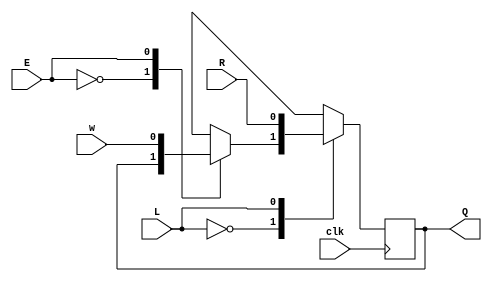
module top_module (
    input clk,
    input w, R, E, L,
    output Q
);
    wire out1,out2;
    always @(posedge clk) begin
        case (E)
            1'b0: begin
                out1 = Q;
            end
            1'b1: begin
                out1 = w;
            end
        endcase
        case (L)
            1'b0: begin
                Q = out1;
            end
            1'b1: begin
                Q = R;
            end
        endcase
    end
endmodule